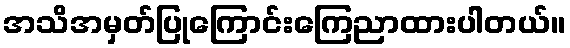
အသိအမှတ်ပြုကြောင်းကြေညာထားပါတယ်။